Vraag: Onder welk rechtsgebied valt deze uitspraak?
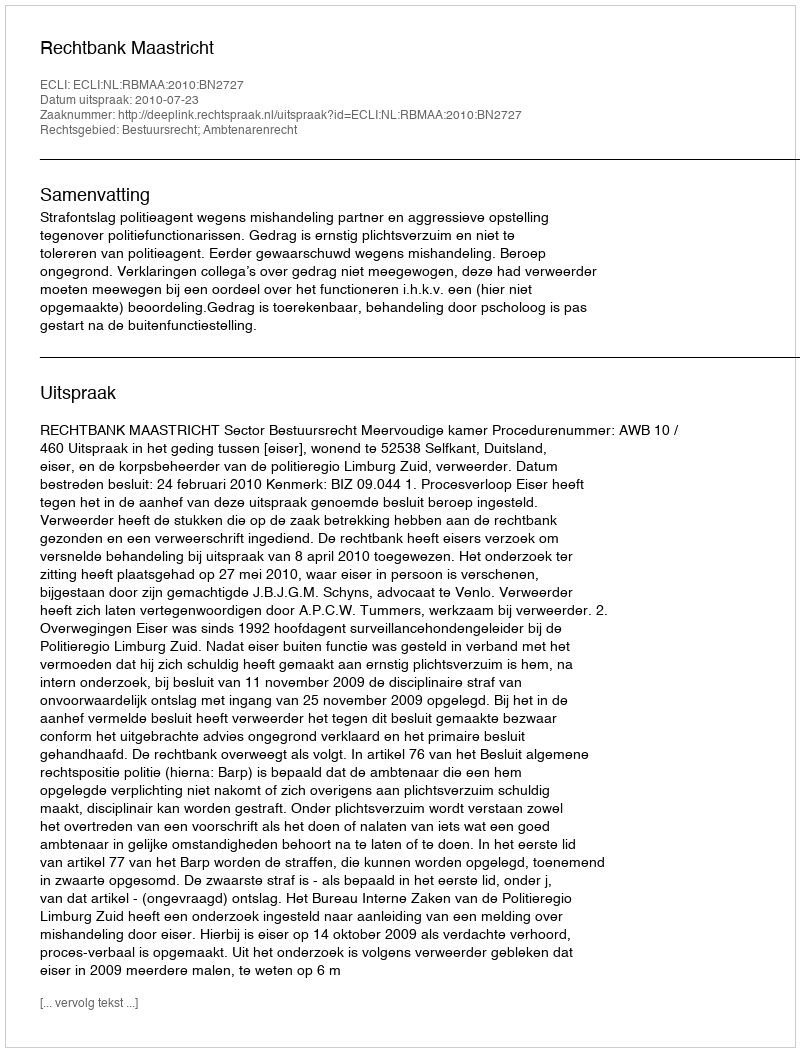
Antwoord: Bestuursrecht; Ambtenarenrecht